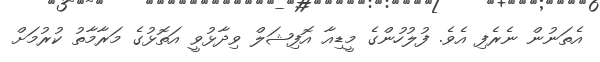
އެތަނުން ނެރެފި އެވެ. ފުލުހުންގެ މީޑިއާ އޮފިޝަލް ވިދާޅުވީ އަތޮޅުގެ މަރާމާތު ކުރުމަށް